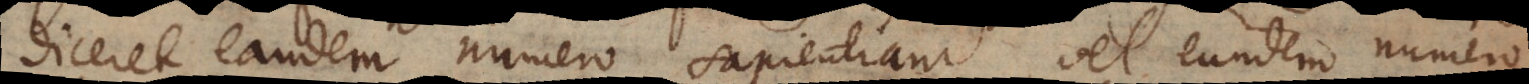
diceret eandem numero sapientiam, vel eundem numero